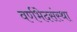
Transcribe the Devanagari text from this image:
वर्णभेदसंस्था